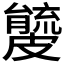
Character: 𥀧